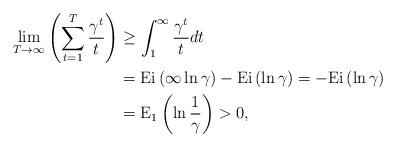
LaTeX: \begin{align*} \lim_{T\rightarrow\infty}\left(\sum_{t=1}^{T}\frac{\gamma^{t}}{t}\right) &\geq\int_{1}^{\infty}\frac{\gamma^{t}}{t}dt \\ &=\mathrm{Ei}\left(\infty\ln\gamma\right)-\mathrm{Ei}\left(\ln\gamma\right) = -\mathrm{Ei}\left(\ln\gamma\right)\\ &=\mathrm{E_{1}}\left(\ln\frac{1}{\gamma}\right)>0,\end{align*}